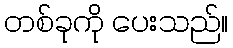
တစ်ခုကို ပေးသည်။